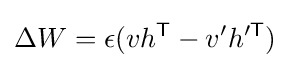
\Delta W=\epsilon (vh^{\mathsf {T}}-v'h'^{\mathsf {T}})